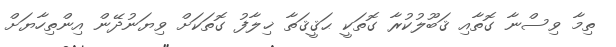
ތިމާ ވިސްނާ ގޮތާއި ޤަބޫލުކުރާ ގޮތަކީ ޙަޤީޤަތާ ޚިލާފު ގޮތަކަށް ވިޔަނުދޭން އިންތިހާޔަށް